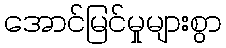
အောင်မြင်မှုများစွာ